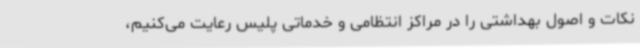
نکات و اصول بهداشتی را در مراکز انتظامی و خدماتی پلیس رعایت می‌کنیم،